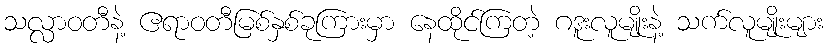
သလ္လာဝတီနဲ့ ဧရာဝတီမြစ်နှစ်ခုကြားမှာ နေထိုင်ကြတဲ့ ဂဒူးလူမျိုးနဲ့ သက်လူမျိုးများ